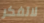
لاتفكر